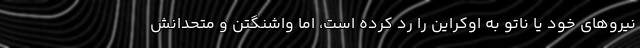
نیروهای خود یا ناتو به اوکراین را رد کرده است، اما واشنگتن و متحدانش